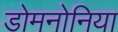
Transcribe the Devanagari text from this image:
डोमनोनिया